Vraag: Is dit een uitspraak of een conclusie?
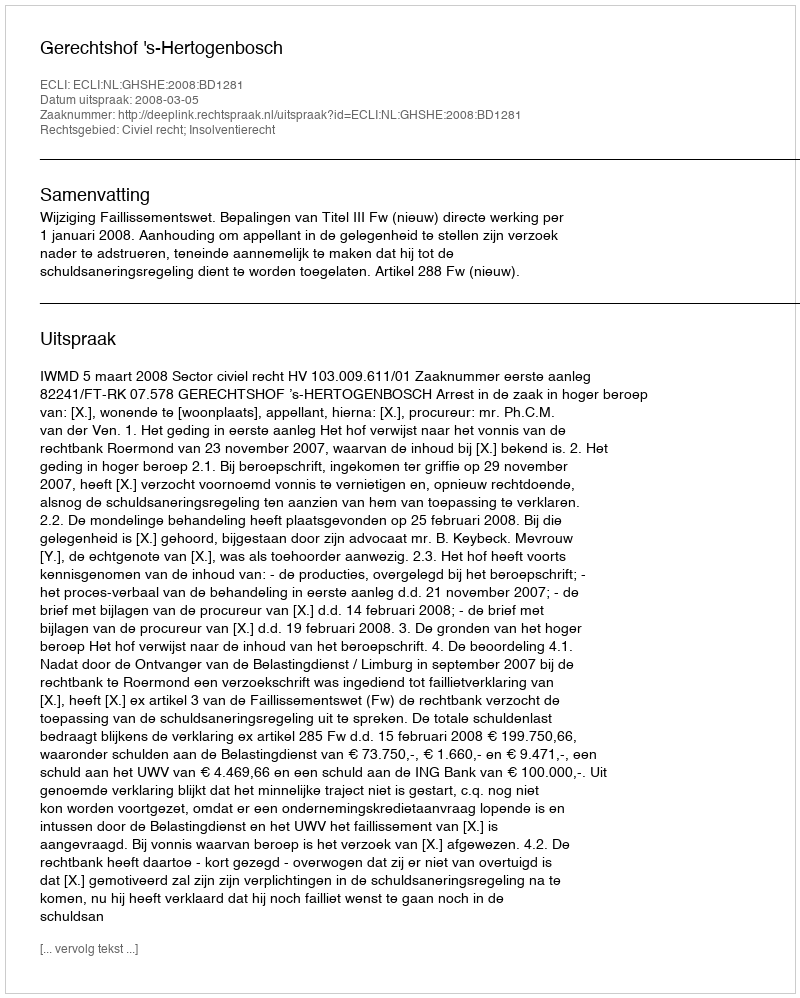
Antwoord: Uitspraak